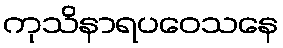
ကုသိနာရပဝေသနေ